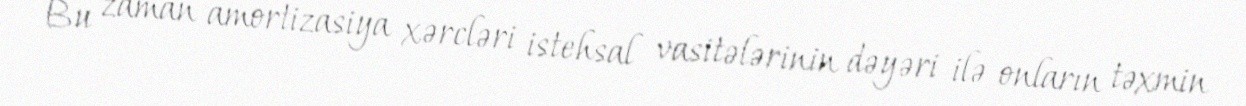
Bu zaman amortizasiya xərcləri istehsal vasitələrinin dəyəri ilə onların təxmin